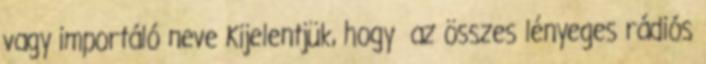
vagy importáló neve Kijelentjük, hogy az összes lényeges rádiós